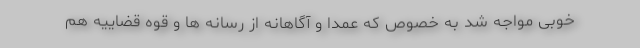
خوبی مواجه شد به خصوص که عمدا و آگاهانه از رسانه ها و قوه قضاییه هم